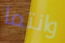
وانتما